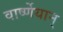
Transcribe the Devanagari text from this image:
वार्ष्णेयान्‌